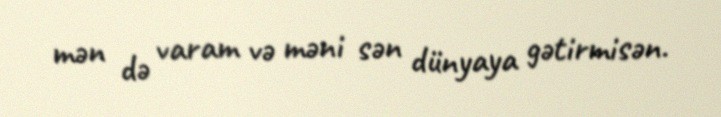
mən də varam və məni sən dünyaya gətirmisən.